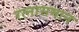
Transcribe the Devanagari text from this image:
रत्नासमान